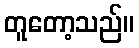
တူတော့သည်။